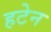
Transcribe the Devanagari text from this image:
हटेन